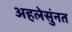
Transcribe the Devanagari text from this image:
अहलेसुंनत